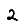
Digit: 2